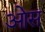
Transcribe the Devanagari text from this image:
आेस